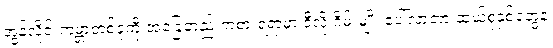
အွန်လိုင်းကမ္ဘာတစ်ခုကို အခြေတည် ကစားရရာမှာ ဒီလို ဂိမ်းမျိုး ပေါ်လာတာ ဆယ်စုနှစ်တွေနဲ့